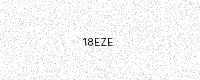
Text: 18EZE